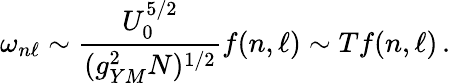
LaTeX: \omega_{n\ell}\sim{\frac{U_{0}^{5/2}}{(g_{YM}^{2}N)^{1/2}}}f(n,\ell)\sim Tf(n,\ell)\, .